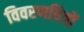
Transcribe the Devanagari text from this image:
विवरणचित्रों